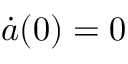
\dot { a } ( 0 ) = 0